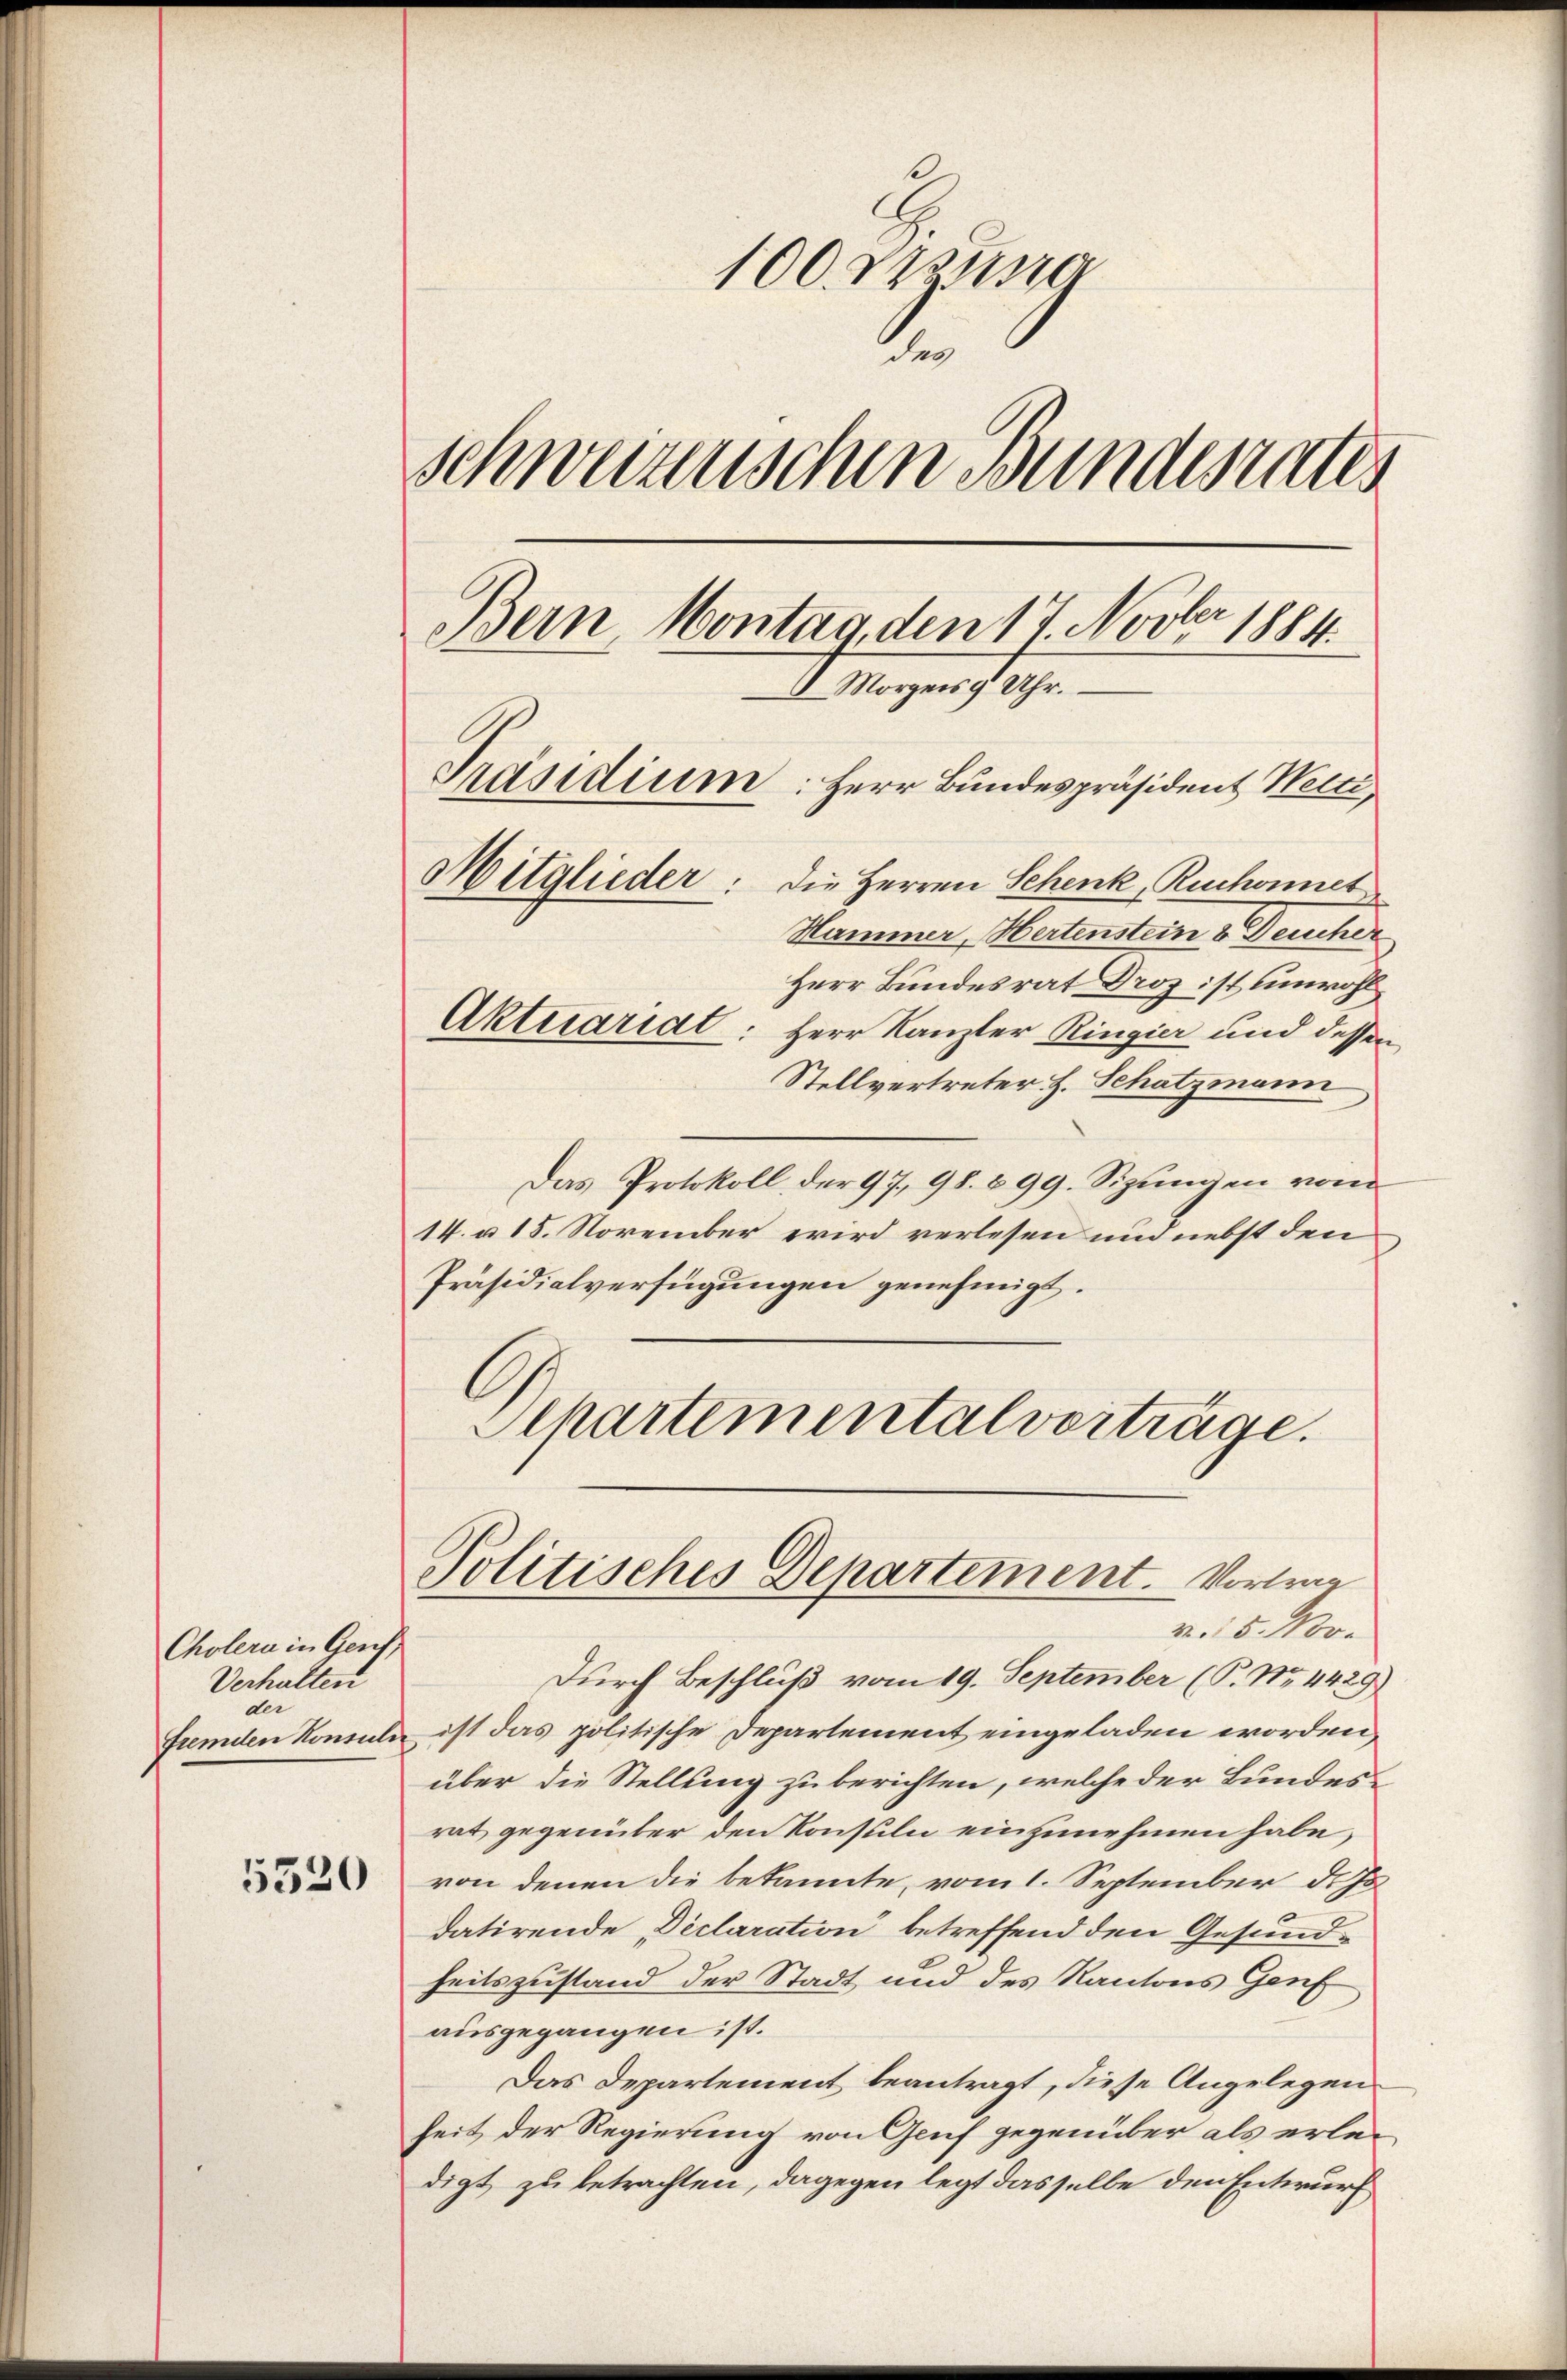
Cholera in Gen
Verhalten
der

5520

100 Druna
Schweizenschen Bundesrates
Bern, Montag, den 17. Novber 1884.
I Morgens 9 Uhr.
Präsidium: Herr Bundespräsident Welti,
Mitglieder: die Herren Schenk, Ruchonnes
Hammer, Hertenstein 8 Deucher
Herr Bundesrat Droz ist unwohl
Aktuaridt: Herr Kanzler Ringier und dessen
Stellvertreter H. Schatzmann

Das Protokoll der 97, 98. 899. Sizungen vom
14. u 15. November wird verlesen und nebst den
Präsidialverfügungen genehmigt.
Separtemental vorträge.

Durch Beschluß vom 19. September (T. No. 4429)
Fremden Konsuln ist das politische Departement eingeladen worden,
über die Stellung zu berichten, welche der Bundesrat gegenüber den Konsuln einzunehmen habe,
von denen die bekannte, vom 1. September d. Js
datirende Declaration betreffend den Gesundheitszustand der Stadt und des Kantons Genf
ausgegangen ist.
Das Departement beantragt, diese Angelegen
heit der Regierung von Genf gegenüber als erledigt zu betrachten, dagegen legt dasselbe den Entwurf

Politisches Departement. Vortrag
v. 8. Nov.